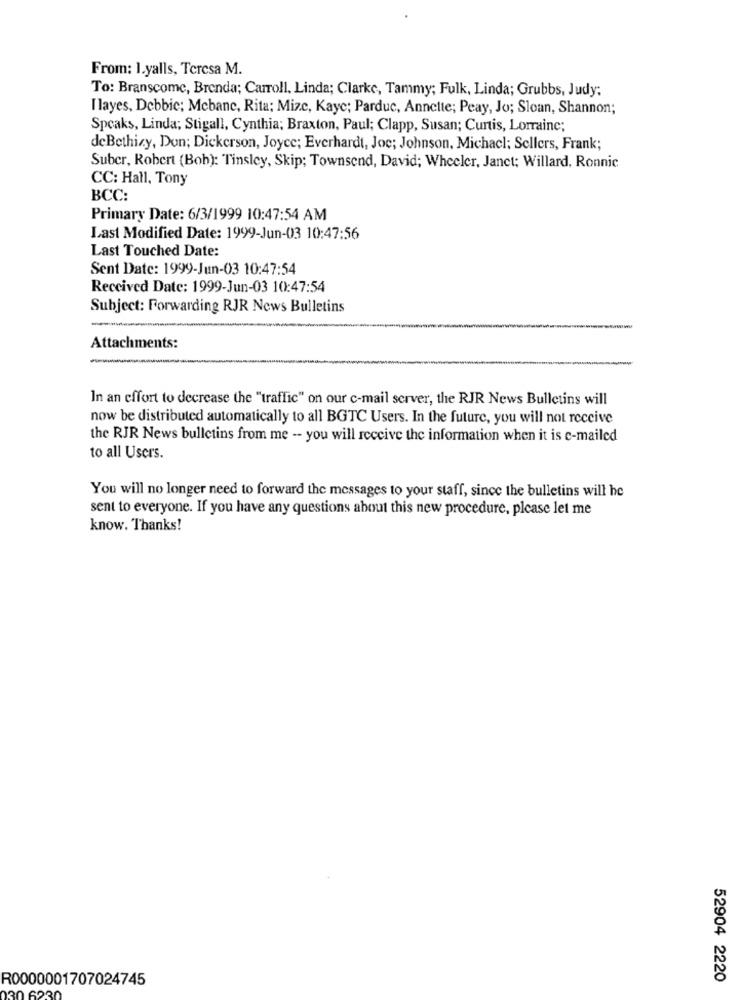
From: 1.yalls, Teresa M.
To: Branscome, Brenda; Carroll, Linda; Clarke, Tammy; Fulk, Linda; Grubbs, Judy;
I layes, Debbie; Mebanc, Rita; Mize, Kaye; Parduc, Annette; Peay, Jo; Sloan, Shannon;
Speaks, Linda; Stigall, Cynthia; Braxton, Paul; Clapp, Susan; Curtis, Lorraine;
deBethisy, Don; Dickerson, Joyce; Everhardt, Joc; Johnson, Michacl; Sellers, Frank;
Suber, Robert (Boh): Tinsley, Skip; Townsend, David; Wheeler, Janet: Willard, Ronnic
CC: Hall, Tony
BCC:
Primary Date: 6/3/1999 10:47:54 AM
Last Modified Date: 1999-Jun-03 10:47:56
Last Touched Date:
Sent Date: 1999-Jun-03 10:47:54
Received Date: 1999-Jun-03 10:47:54
Subject: Forwarding RJR News Bulletins
Attachments:
In an effort to decrease the "traffic" on our c-mail server, the RJR News Bulletins will
now be distributed automatically to all BGTC Users. In the future, you will not receive
the RJR News bulletins from me -- you will receive the information when it is e-mailed
to all Users.
You will no longer need to forward the messages to your staff, since the bulletins will he
sent to everyone. If you have any questions about this new procedure, please let me
know. Thanks!
R0000001707024745
52904 2220
0 6230